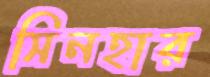
সিনহার